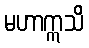
မဟာဣသိ